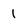
Character: 1